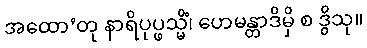
အထော’တု နာရိပုပ္ဖသ္မိံ၊ ဟေမန္တာဒိမှိ စ ဒွိသု။